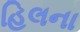
હિલના